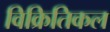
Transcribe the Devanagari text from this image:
विक्रितिकल